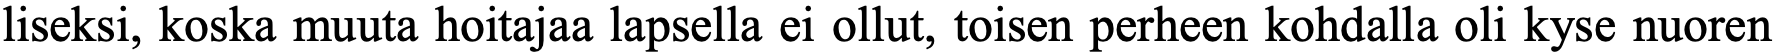
liseksi, koska muuta hoitajaa lapsella ei ollut, toisen perheen kohdalla oli kyse nuoren